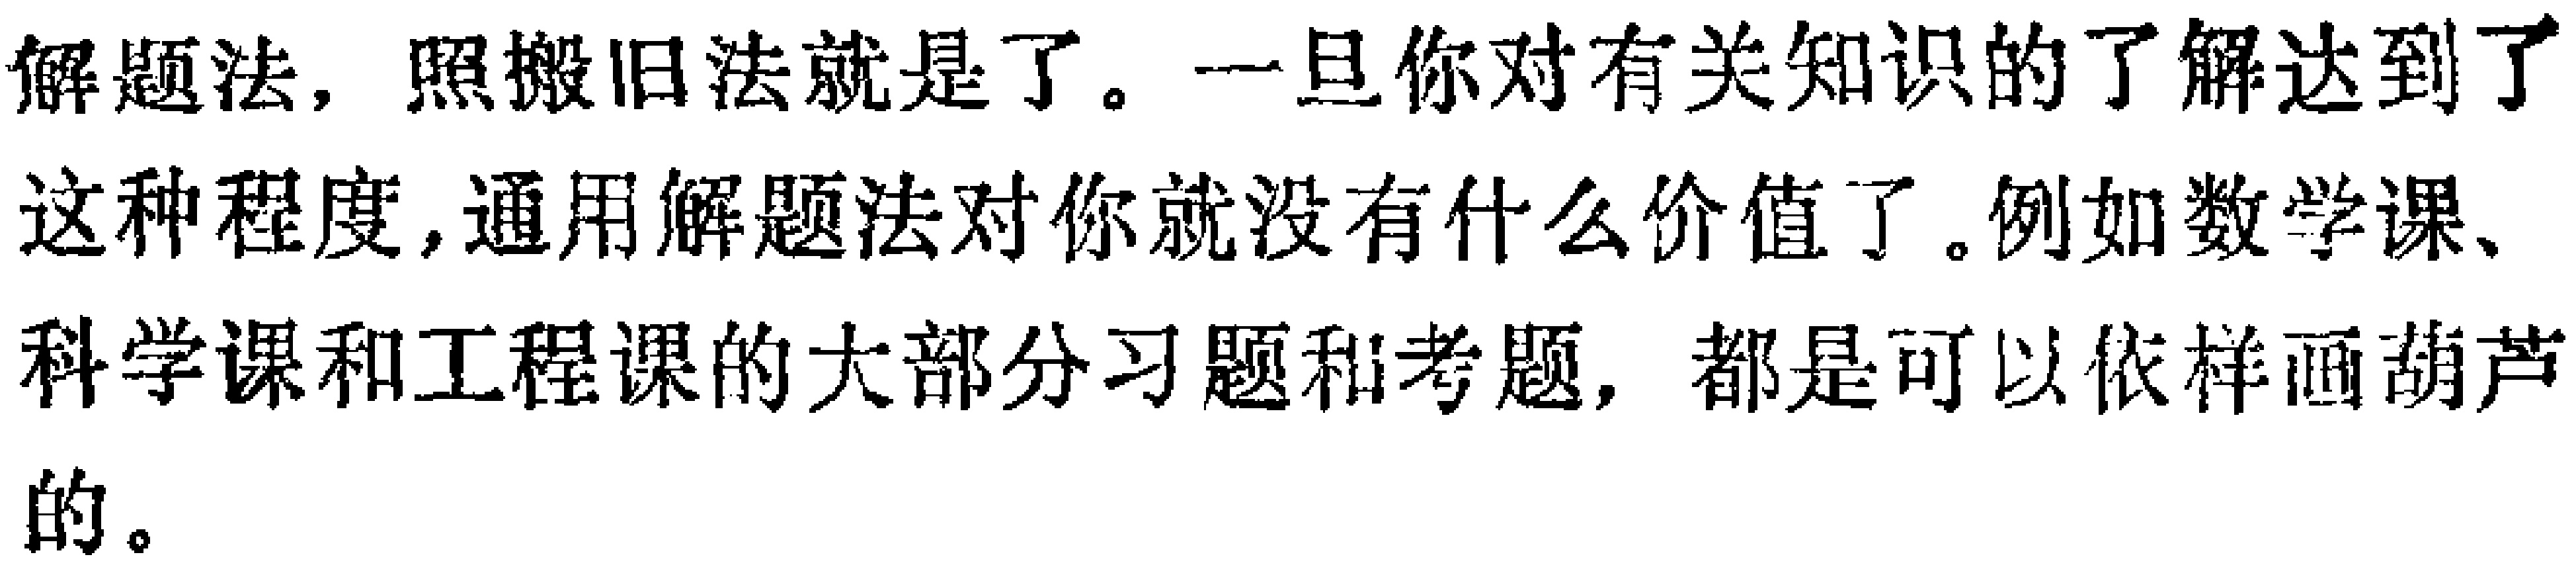
解题法，照搬旧法就是了。一旦你对有关知识的了解达到了这种程度, 通用解题法对你就没有什么价值了。例如数学课、科学课和工程课的大部分习题和考题，都是可以依样画葫芦的。